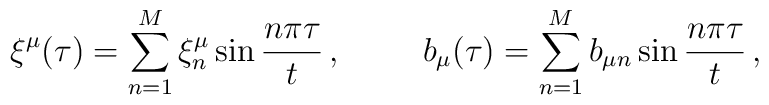
\xi^\mu (\tau) = \sum^M_{n=1} \xi^\mu_n \sin \frac{n\pi\tau}{t}\, , \hspace{1cm}b_\mu(\tau) = \sum^M_{n=1} b_{\mu n} \sin \frac{n\pi\tau}{t} \, ,